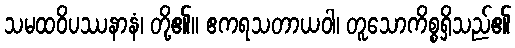
သမထဝိပဿနာနံ၊ တို့၏။ ဧကရသတာယဝါ၊ တူသောကိစ္စရှိသည်၏